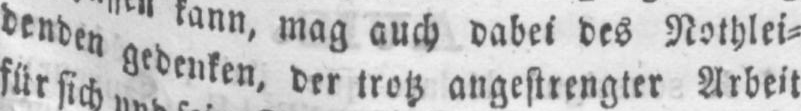
denden gedenken,der trotz angestrengter Arbeit